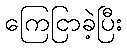
ကြေငြာခဲ့ပြီး